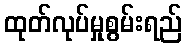
ထုတ်လုပ်မှုစွမ်းရည်